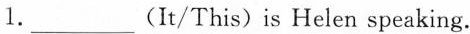
1.___(It/This)is Helen speaking.